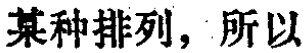
某种排列，所以